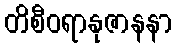
တိစီဝရာနုဇာနနာ